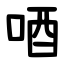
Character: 唒